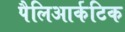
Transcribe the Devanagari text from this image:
पैलिआर्कटिक